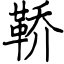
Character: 鞒